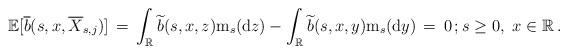
LaTeX: \begin{align*}\mathbb E [ \overline{b} (s, x, \overline{X}_{s, j})] \, =\, \int_{\mathbb R} \widetilde{b}(s, x, z) \mathrm m_{s} ( {\mathrm d} z) - \int_{\mathbb R} \widetilde{b}(s, x, y) \mathrm m_{s} ( {\mathrm d} y) \, =\, 0 \, ; s \ge 0, \, \, x \in \mathbb R \, . \end{align*}